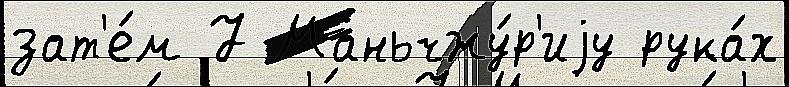
зат'е́м 7 Маньчжу́р'иjу рука́х